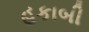
હકાબી